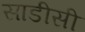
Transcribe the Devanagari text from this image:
साडीसी